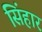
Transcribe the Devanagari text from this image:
सिंहार